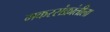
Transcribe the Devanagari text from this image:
मकरसंक्रांतीला